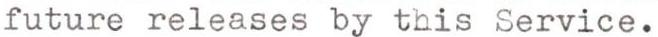
future releases by this Service.